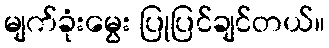
မျက်ခုံးမွေး ပြုပြင်ချင်တယ်။